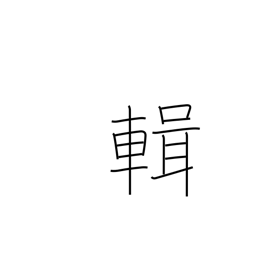
Meaning: compile